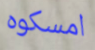
امسكوه